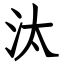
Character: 汰